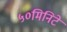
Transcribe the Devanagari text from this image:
५०मिनिटे